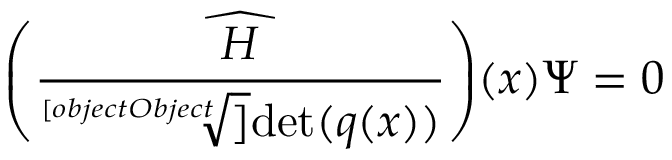
{ \widehat { \left( { \frac { H } { \sqrt [ [object Object] ] { \operatorname* { d e t } ( q ( x ) ) } } } \right) } } ( x ) \Psi = 0